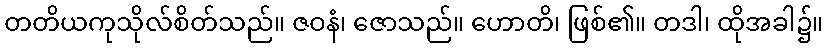
တတိယကုသိုလ်စိတ်သည်။ ဇဝနံ၊ ဇောသည်။ ဟောတိ၊ ဖြစ်၏။ တဒါ၊ ထိုအခါ၌။